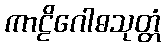
ကာဠိဂေါဓသုတ္တံ